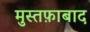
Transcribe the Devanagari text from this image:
मुस्तफ़ाबाद